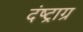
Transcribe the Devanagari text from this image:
दंष्ट्राग्र